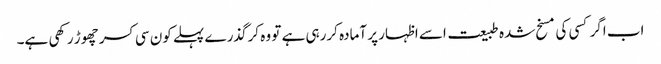
اب اگر کسی کی مسخ شدہ طبیعت اسے اظہار پر آمادہ کررہی ہے تو وہ کرگذرے پہلے کون سی کسر چھوڑ رکھی ہے۔